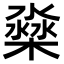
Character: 𣛁